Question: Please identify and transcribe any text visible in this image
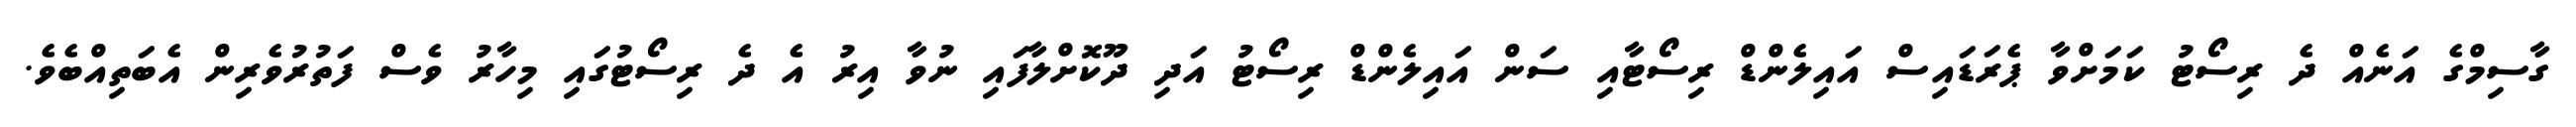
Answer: ގާސިމްގެ އަނެއް ދެ ރިސޯޓު ކަމަށްވާ ޕެރަޑައިސް އައިލެންޑް ރިސޯޓާއި ސަން އައިލެންޑް ރިސޯޓު އަދި ދޫކޮށްލާފައި ނުވާ އިރު އެ ދެ ރިސޯޓުގައި މިހާރު ވެސް ފަތުރުވެރިން އެބަތިއްބެވެ.